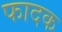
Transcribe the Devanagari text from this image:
फादक